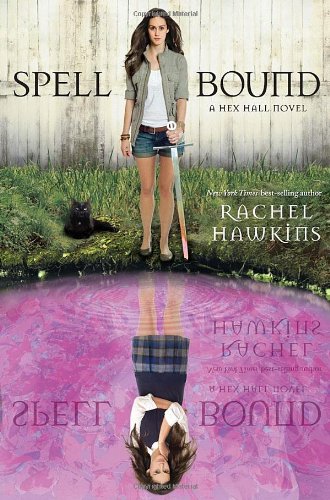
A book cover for Spell Bound (A Hex Hall Novel); Rachel Hawkins; Teen & Young Adult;